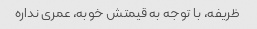
ظریفه، با توجه به قیمتش خوبه، عمری نداره